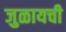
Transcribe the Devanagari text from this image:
जुळायची